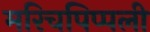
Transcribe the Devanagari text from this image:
मरिचपिप्पली